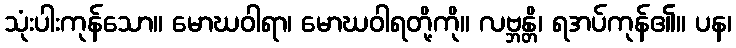
သုံးပါးကုန်သော။ မောဃဝါရာ၊ မောဃဝါရတို့ကို။ လဗ္ဘန္တိ၊ ရအပ်ကုန်၏။ ပန၊